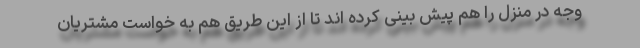
وجه در منزل را هم پیش بینی کرده اند تا از این طریق هم به خواست مشتریان